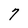
Character: 7